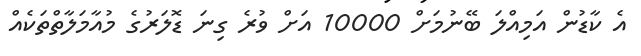
އެ ކާޑުން އަމިއްލަ ބޭނުމަށް 10000 އަށް ވުރެ ގިނަ ޑޮލަރުގެ މުއާމަލާތްތަކެއް